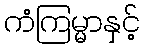
ကံကြမ္မာနှင့်